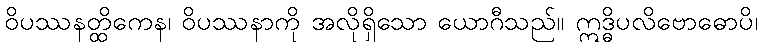
ဝိပဿနတ္ထိကေန၊ ဝိပဿနာကို အလိုရှိသော ယောဂီသည်။ ဣဒ္ဓိပလိဗောဓောပိ၊